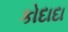
કોદાદા